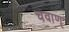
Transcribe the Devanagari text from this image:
चवाण्